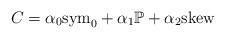
LaTeX: \begin{align*}C=\alpha_{0}\mathrm{sym}_{0}+\alpha_{1}\mathbb{P}+\alpha_{2}\mathrm{skew}\end{align*}